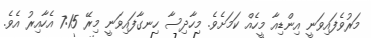
މަރުވެފައިވަނީ އިންޑިއާ މީހެއް ކަމަަށެވެ. މިހާދިސާ ހިނގާފައިވަނީ މިރޭ 7:15 އެހާއިރު އެވެ.